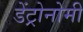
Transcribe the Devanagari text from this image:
डेंट्रोनोमी